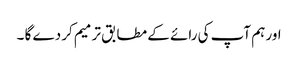
اور ہم آپ کی رائے کے مطابق ترمیم کر دے گا ۔